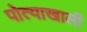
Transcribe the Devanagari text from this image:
पोत्याखाली